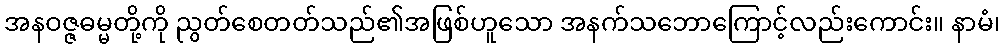
အနဝဇ္ဇဓမ္မတို့ကို ညွတ်စေတတ်သည်၏အဖြစ်ဟူသော အနက်သဘောကြောင့်လည်းကောင်း။ နာမံ၊